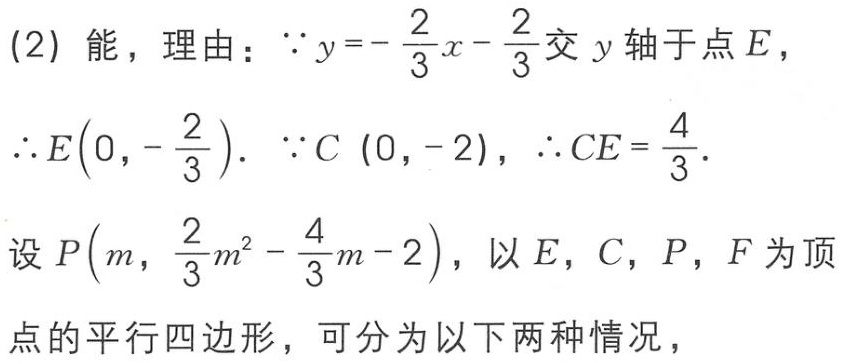
(2) 能，理由：\(\because y = -\frac{2}{3}x - \frac{2}{3}\)交 \(y\) 轴于点 \(E\)，
\(\therefore E\left(0, -\frac{2}{3}\right)\). \(\because C\ (0, -2)\)，\(\therefore CE = \frac{4}{3}\).
设 \(P\left(m, \frac{2}{3}m^{2} - \frac{4}{3}m - 2\right)\)，以 \(E\)，\(C\)，\(P\)，\(F\) 为顶点的平行四边形，可分为以下两种情况，